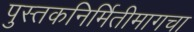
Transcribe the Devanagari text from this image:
पुस्तकनिर्मितीमागचा